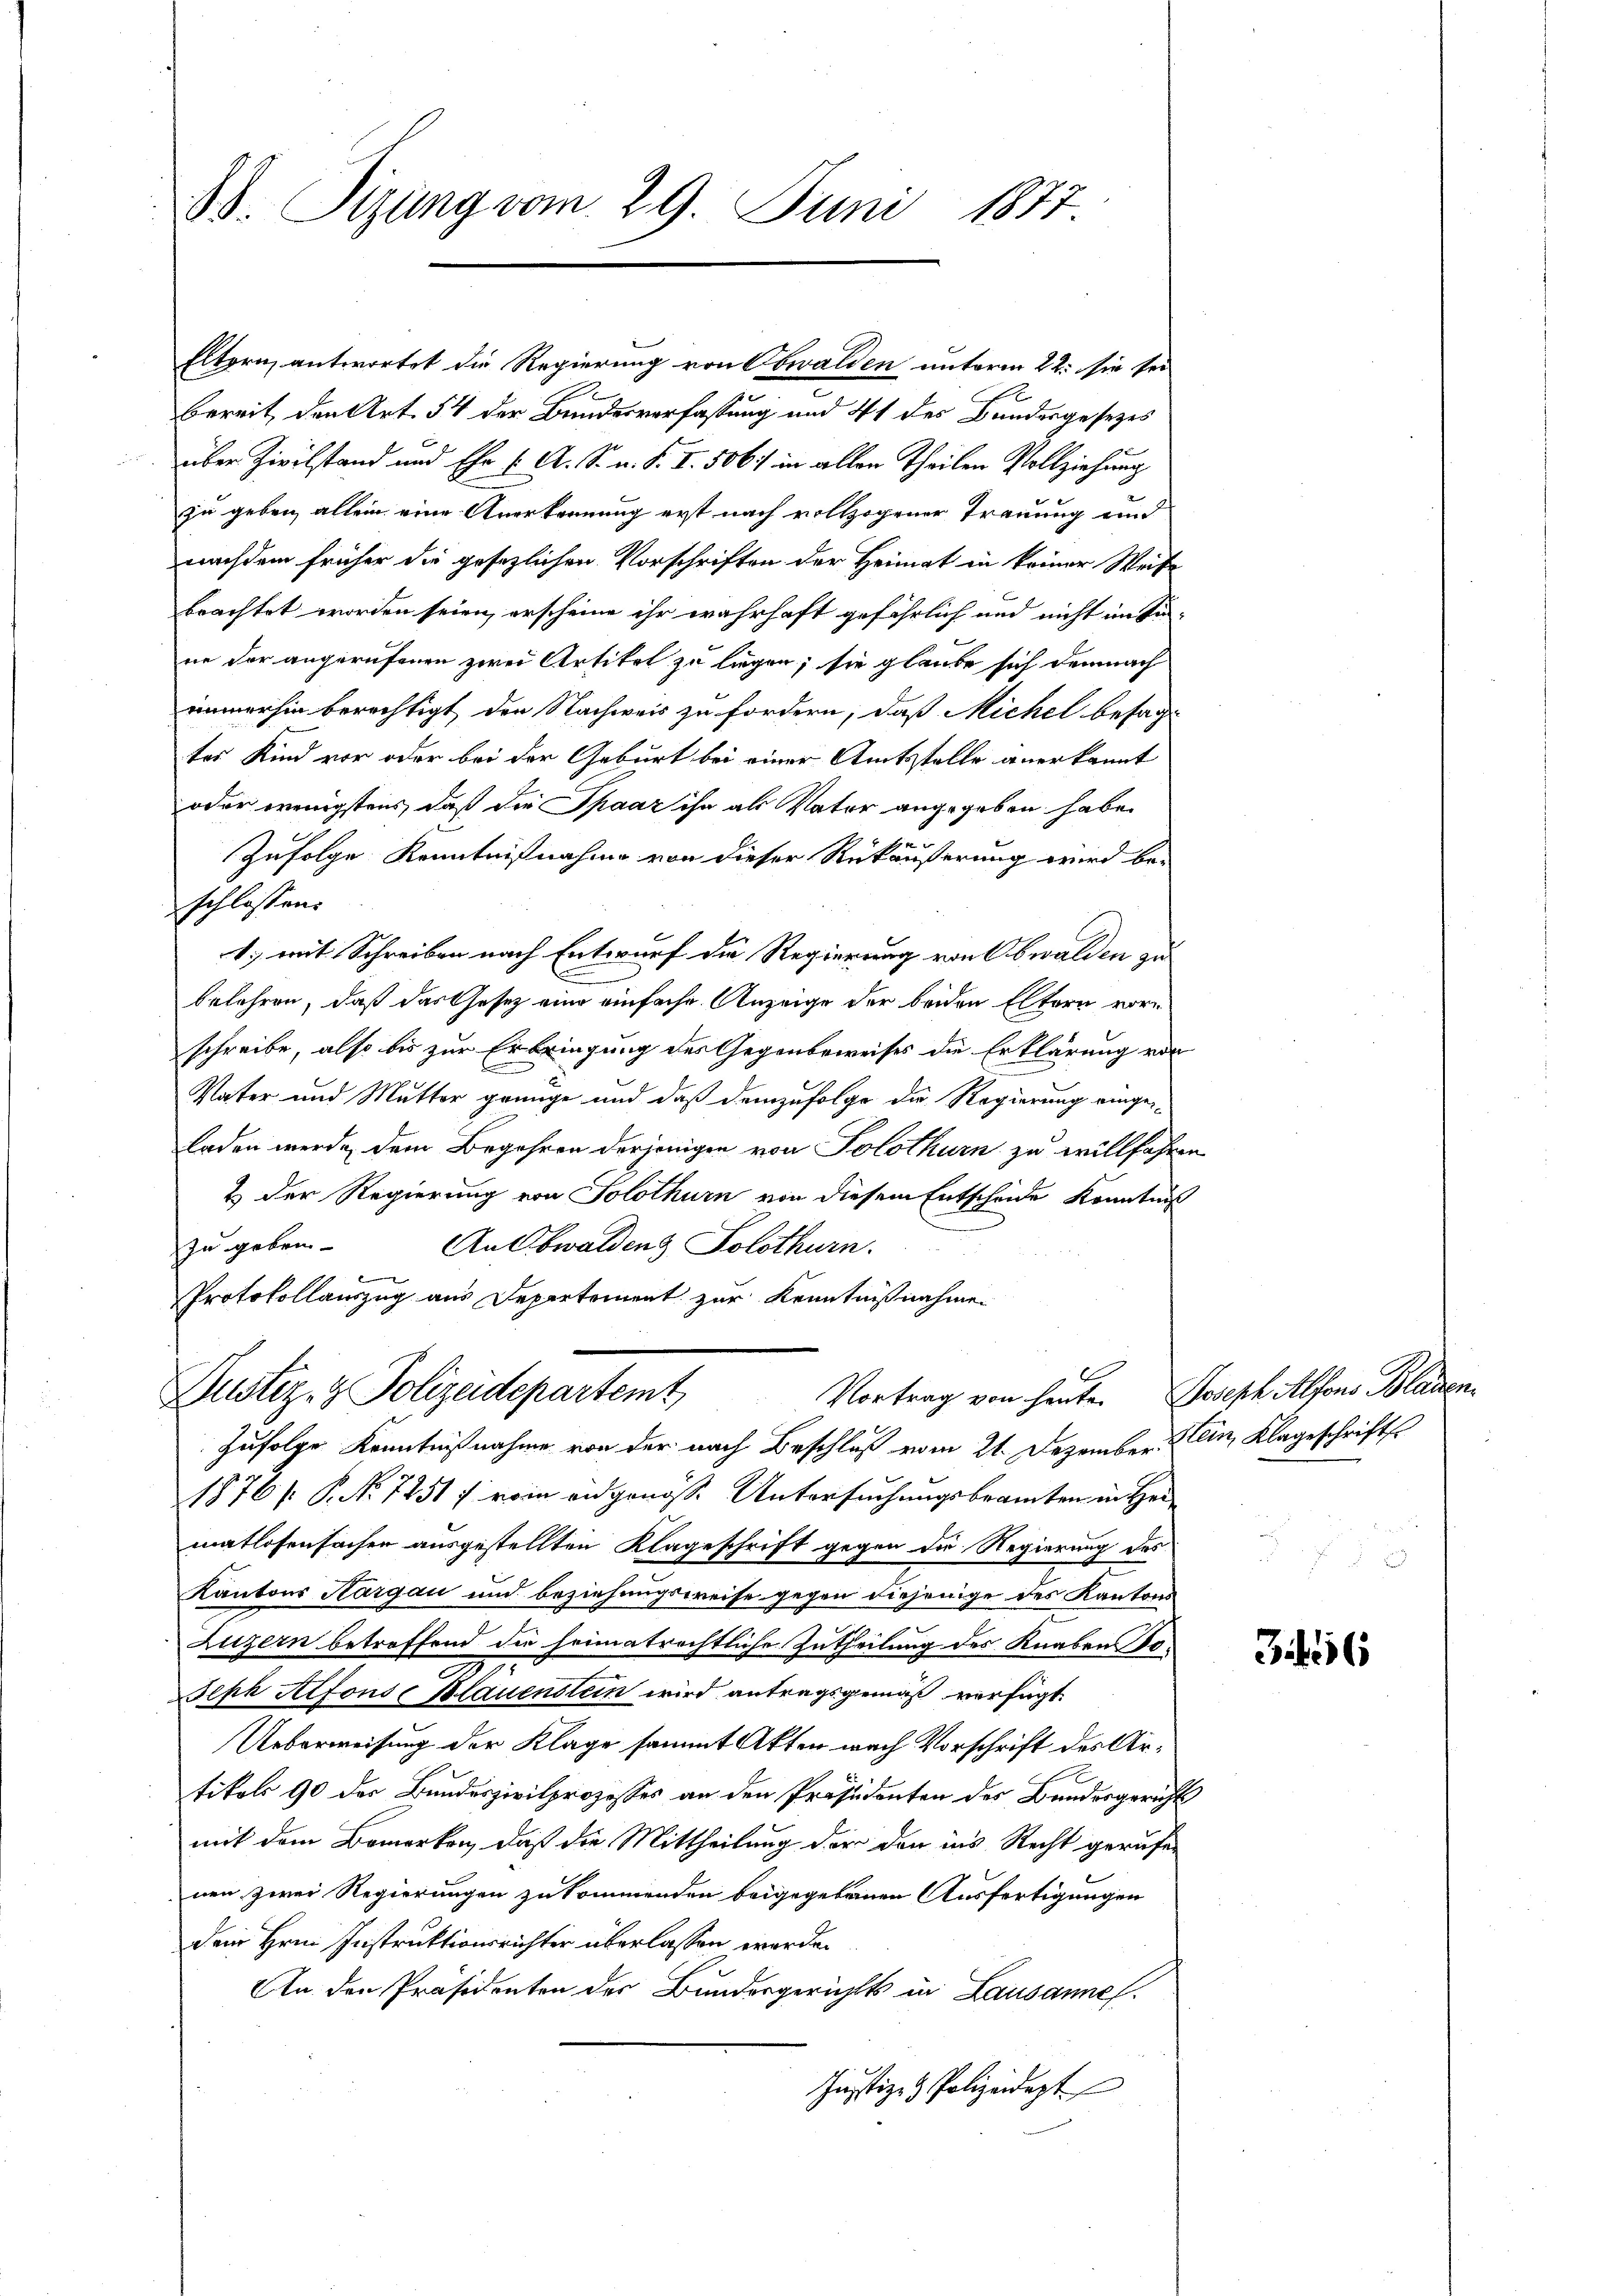
38. Sizung vom 29. Juni 1877.

Eltern, antwortet die Regierung von Obwalden unterm 22. sie sei
bereit den Art. 54 der Bundesverfassung und 41 des Bundesgesezes
über Zivilstand und Ehr (: A. S. u. F. I. 506) in allen Theilen Vollziehung
zu geben allein eine Anerkennung erst nach vollzogener Trauung und
nachdem früher die gesezlichen Vorschriften der Heimat in keiner Weise
brachtet worden seien, erscheine ihr wahrhaft gefährlich und nicht im Su-
ne der angerufenen zwei Artikel zu liegen; sie glaube sich demnach
immerhin berechtigt den Nachweis zu fordern, daß Michel besagt
tes Kind vor oder bei der Geburt bei einer Amtsstelle anerkannt
oder wenigstens, daß die Spaar ihn als Vater angegeben habe.
Zufolge Kenntnißnahme von dieser Rükäußerung wird be-
schlossen:
1.) mit Schreiben nach Entwurf die Regierung von Obwalden zu
belehren, daß das Gesetz eine einfache Anzeige der beiden Eltern vorschreibe, also bis zur Erbringung des Gegenbeweises die Erklärung von
Vater und Mutter grünge und daß demzufolge die Regierung eingeladen werde, dem Begehren derjenigen von Solothurn zu willfahren
2) Der Regierung von Solothurn von diesem Entscheide Kenntniß
An Obwalden Solothurn.
zu gebrin¬

Protokollauszug aus Depertement zur Kenntnißnahme
Justiz- & Polizeidepartemt Vortrag von heute. Joseph Alfons Blauen
Zufolge Kenntnißnahme von der nach Beschluß vom 21. Dezember ein, Klageschrifts
1876/ P. No 7251) vom eidgenösse Untersuchungsbeamten in Her
matlosensachen ausgestellten Klageschrift gegen die Regierung des
Kantons Aargau und beziehungsweise gegen diejenige des Kantons
Luzern betreffend die heimatrechtliche Zutheilung des Knaben
Seph Alfons Blauenstein wird antragsgemäß verfügt,
Ueberweisung der Klage sammt Akten nach Vorschrift des Artikols 90 der Bundeszivilprozesses an den Präsidenten des Bundesgericht
mit dem Bemerken, daß die Mittheilung der den ins Recht gerufen
nen zwei Regierungen zu kommenden beigegebenen Ausfertigungen
Dem Hrn. Instruktionsrichter überlassen werde.
An den Präsidenten der Bundesgerichts in Lausannes.
Justiz- & Polizeidept

36